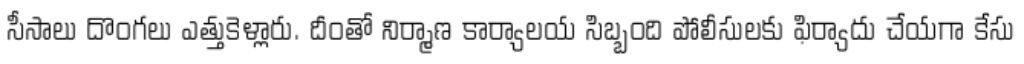
సీసాలు దొంగలు ఎత్తుకెళ్లారు. దీంతో నిర్మాణ కార్యాలయ సిబ్బంది పోలీసులకు ఫిర్యాదు చేయగా కేసు